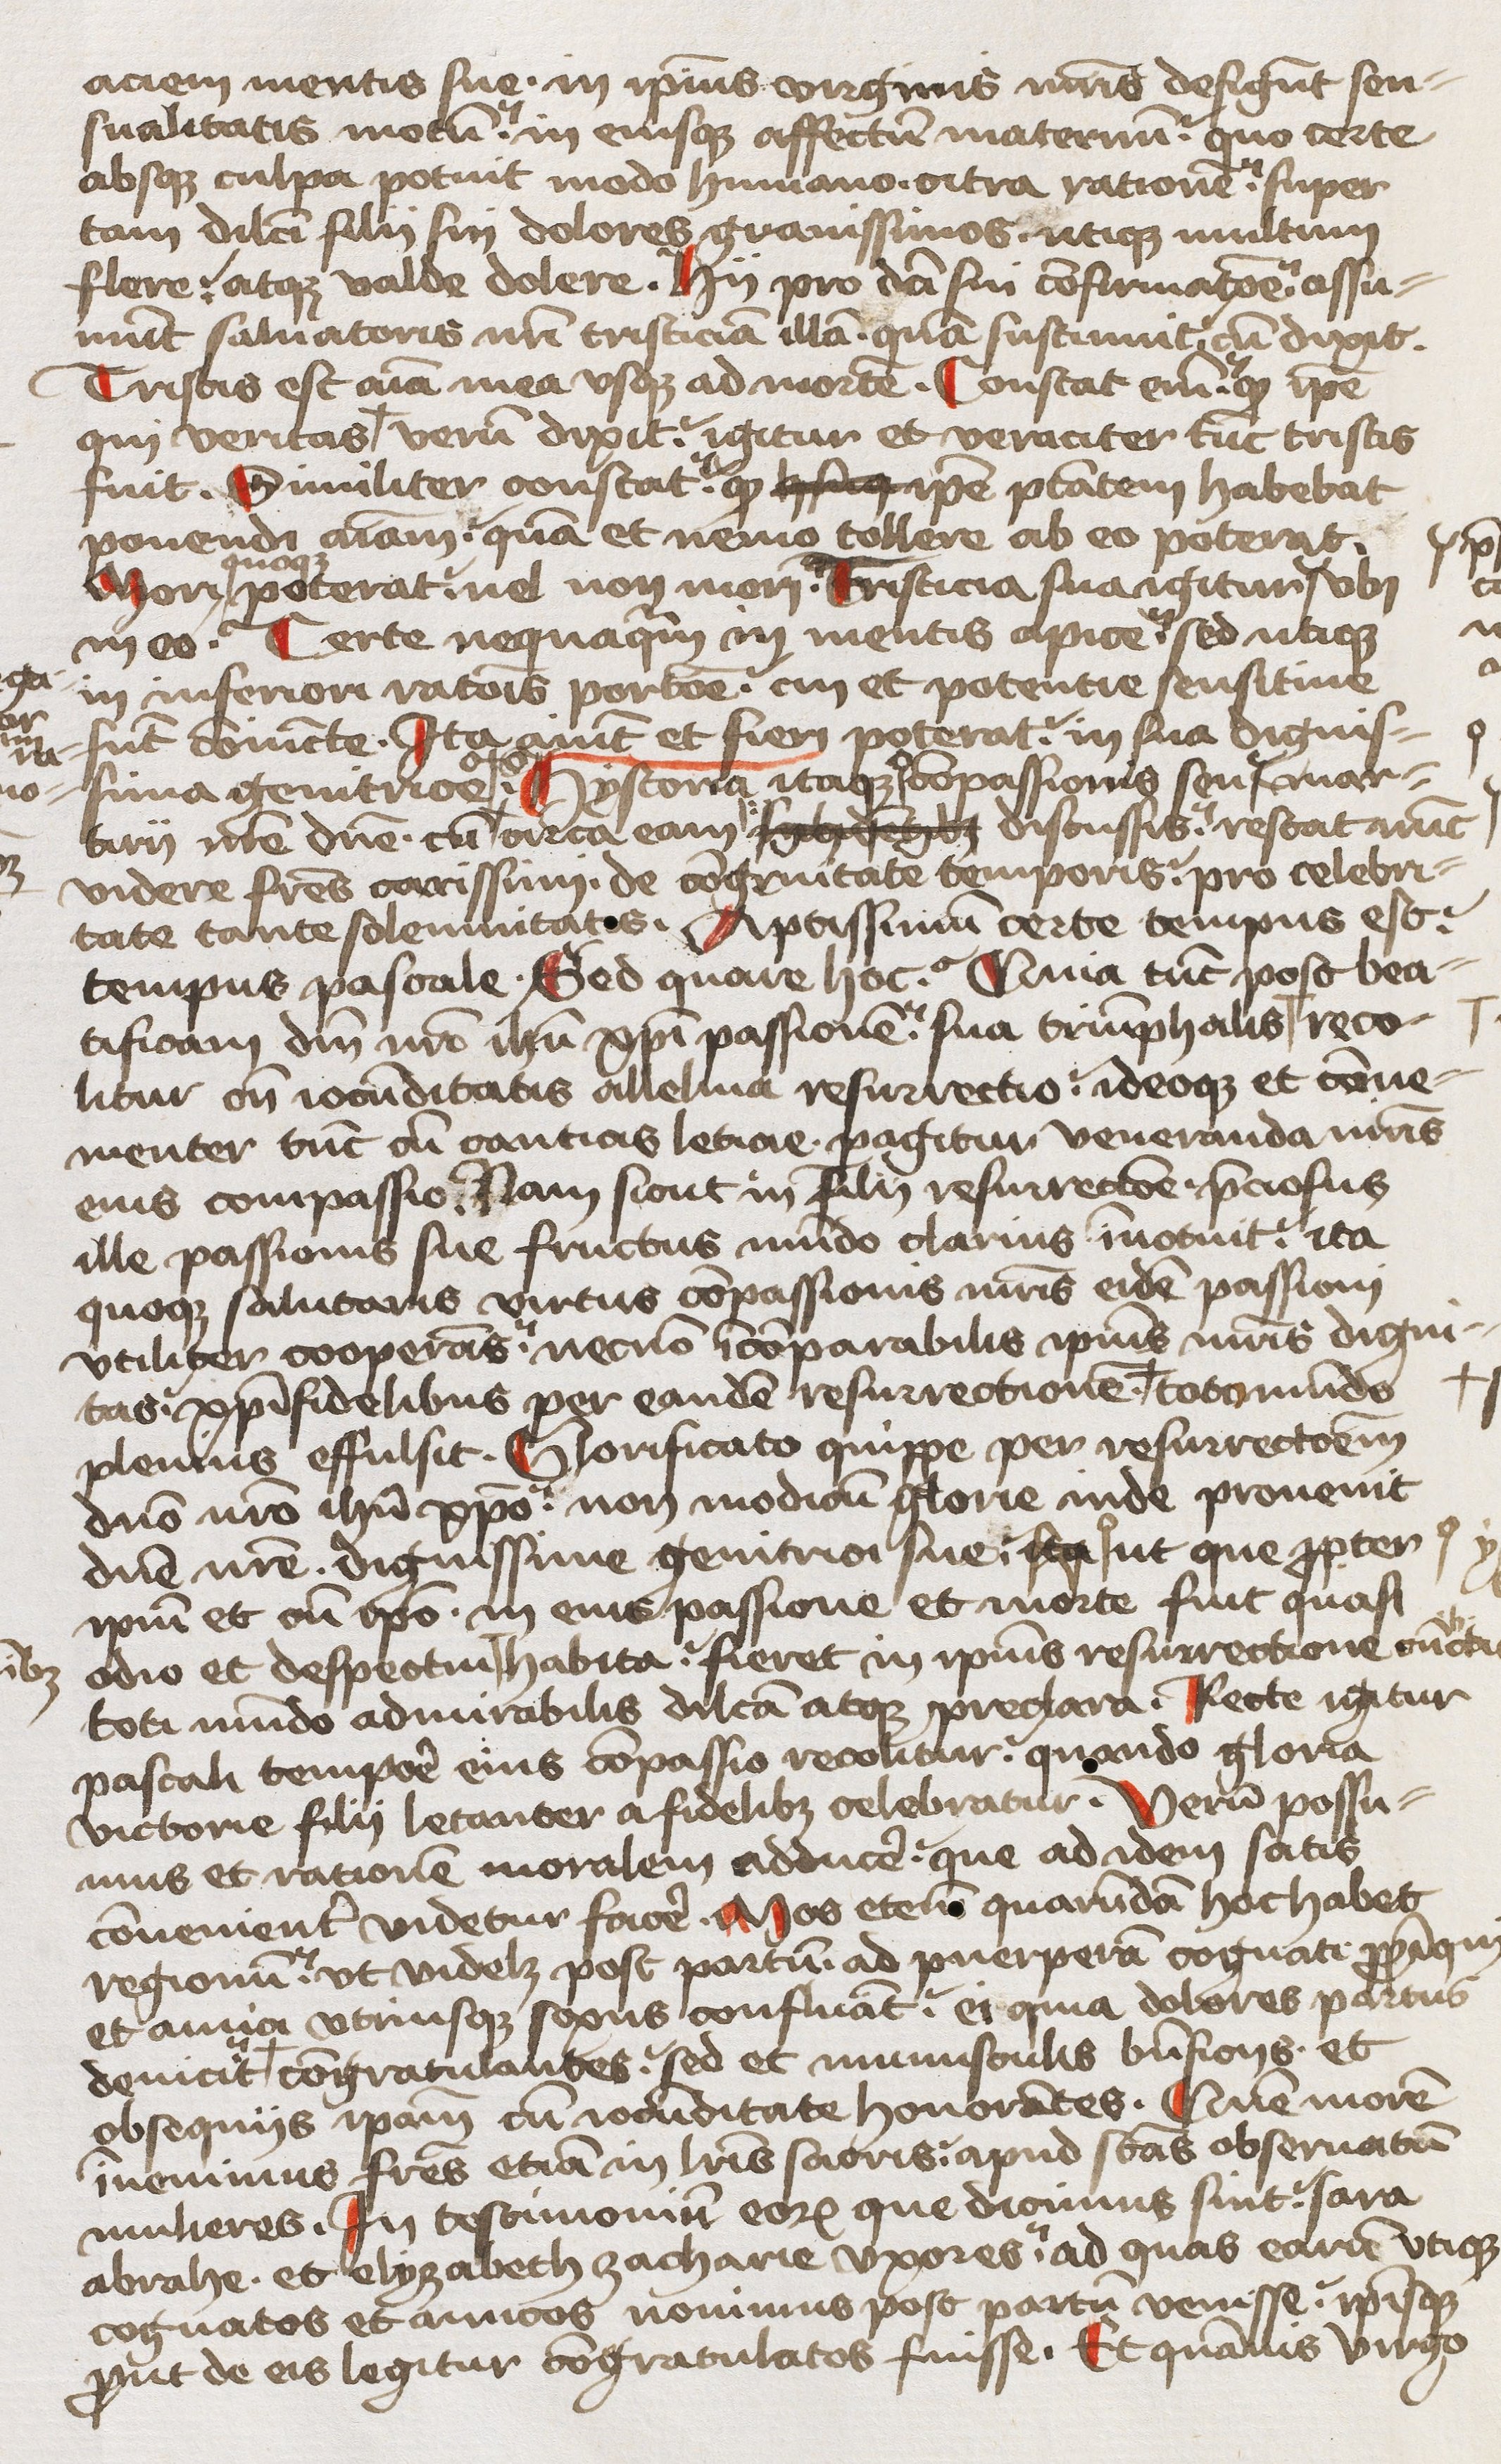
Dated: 1450–1499